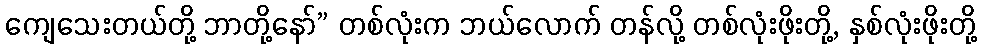
ကျေသေးတယ်တို့ ဘာတို့နော်” တစ်လုံးက ဘယ်လောက် တန်လို့ တစ်လုံးဖိုးတို့, နှစ်လုံးဖိုးတို့